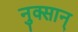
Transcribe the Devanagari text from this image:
नुक्सान्